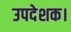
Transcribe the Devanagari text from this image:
उपदेशक।